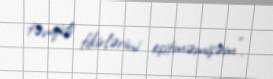
tənqidi fikirlərini eşitməmişəm”.